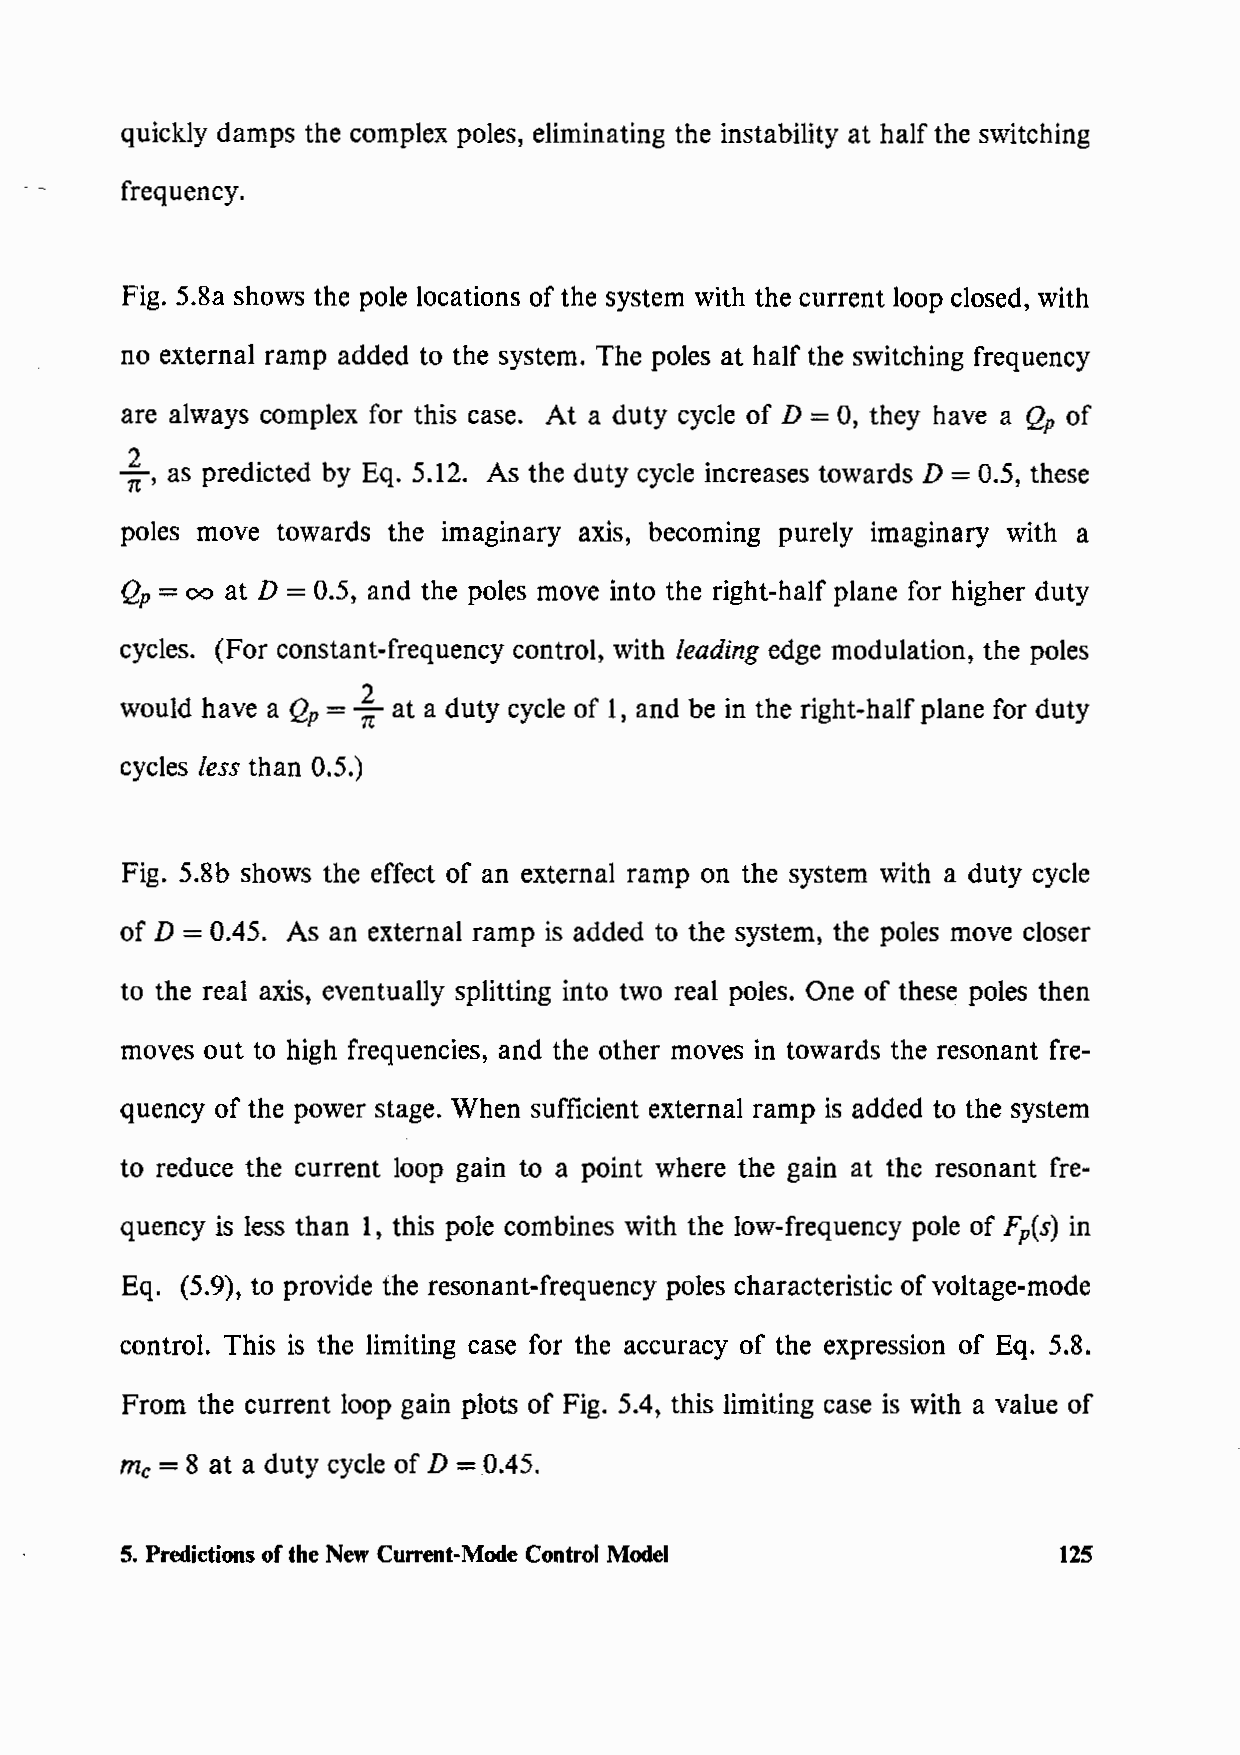
quickly damps the complex poles, eliminating the instability at half the switching
 frequency.
 Fig. 5.8a shows the pole locations of the system with the current loop closed, with
 no external ramp added to the system. The poles at half the switching frequency
 are always complex for this case. At a duty cycle of D = 0, they have a Qp of
 ; , as predicted by Eq. 5.12. As the duty cycle increases towards D = 0.5, these
 poles move towards the imaginary axis, becoming purely imaginary with a
 Qp = oo at D = 0.5, and the poles move into the right-half plane for higher duty
 cycles. (For constant-frequency control, with leading edge modulation, the poles
 would have a Qp = ; at a duty cycle of I, and be in the right-half plane for duty
 cycles less than 0.5.)
 Fig. 5.8b shows the effect of an external ramp on the system with a duty cycle
 of D = 0.45. As an external ramp is added to the system, the poles move closer
 to the real axis, eventually splitting into two real poles. One of these poles then
 moves out to high frequencies, and the other moves in towards the resonant fre-
 quency of the power stage. When sufficient external ramp is added to the system
 to reduce the current loop gain to a point where the gain at the resonant fre-
 quency is less than I, this pole combines with the low-frequency pole of Fp(s) in
 Eq. (5.9), to provide the resonant-frequency poles characteristic of voltage-mode
 control. This is the limiting case for the accuracy of the expression of Eq. 5.8.
 From the current loop gain plots of Fig. 5.4, this limiting case is with a value of
 me = 8 at a duty cycle of D = 0.45.
 5. Predictions of the New Current-Mode Control Model          125